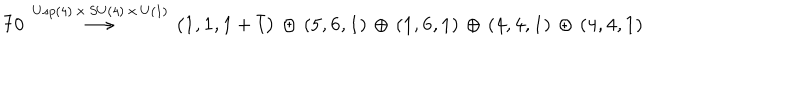
LaTeX: { \bf 7 0 } \, \stackrel { U s p ( 4 ) \, \times \, S U ( 4 ) \, \times \, U ( 1 ) } { \longrightarrow } \, \left( { \bf 1 } , { \bf 1 } , { \bf 1 } + { \bar { \bf 1 } } \right) \, \oplus \, \left( { \bf 5 } , { \bf 6 } , { \bf 1 } \right) \, \oplus \, \left( { \bf 1 } , { \bf 6 } , { \bf 1 } \right) \, \oplus \, \left( { \bf 4 } , { \bf 4 } , { \bf 1 } \right) \, \oplus \, \left( { \bf 4 } , { \bf 4 } , { \bf 1 } \right)